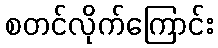
စတင်လိုက်ကြောင်း